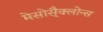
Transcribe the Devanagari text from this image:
मेसोसै्क्लोन्स